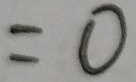
= 0